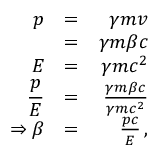
\begin{array} { r l r } { \displaystyle p } & { = } & { \gamma m v } \\ { \displaystyle } & { = } & { \gamma m \beta c } \\ { \displaystyle E } & { = } & { \gamma m c ^ { 2 } } \\ { \displaystyle \frac { p } { E } } & { = } & { \frac { \gamma m \beta c } { \gamma m c ^ { 2 } } } \\ { \displaystyle \Rightarrow \beta } & { = } & { \frac { p c } { E } \, , } \end{array}